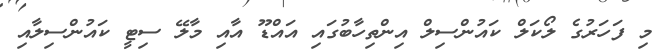
މި ފަހަރުގެ ލޯކަލް ކައުންސިލް އިންތިހާބުގައި އައްޑޫ އާއި މާލޭ ސިޓީ ކައުންސިލާއި